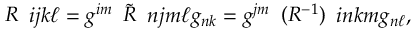
\begin{array} { l } { { R } } \end{array} { i j } { k \ell } = g ^ { i m } \begin{array} { l } { { \tilde { R } } } \end{array} { n j } { m \ell } g _ { n k } = g ^ { j m } \begin{array} { l } { { ( R ^ { - 1 } ) } } \end{array} { i n } { k m } g _ { n \ell } ,